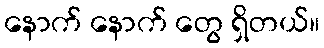
နောက် နောက် တွေ ရှိတယ်။